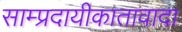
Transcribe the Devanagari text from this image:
साम्प्रदायीकातावादा